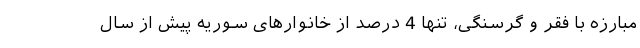
مبارزه با فقر و گرسنگی، تنها 4 درصد از خانوارهای سوریه پیش از سال